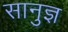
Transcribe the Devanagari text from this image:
सानुज्ञ